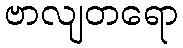
ဗာလျတရော